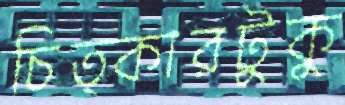
চিত্কারটুকু